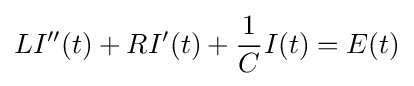
LI''(t)+RI'(t)+{\frac {1}{C}}I(t)=E(t)